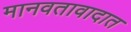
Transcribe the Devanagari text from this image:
मानवतावादात